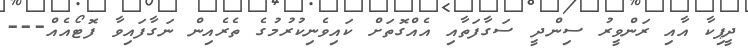
ދީޕިކާ އާއި ރަންވީރު ސިންދީ ސަގާފަތާއި އެއްގޮތަށް ކައިވެނިކުރުމުގެ ތެރެއިން ނަގާފައިވާ ފޮޓޯއެއް---